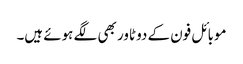
موبائل فون کے دو ٹاور بھی لگے ہوئے ہیں۔